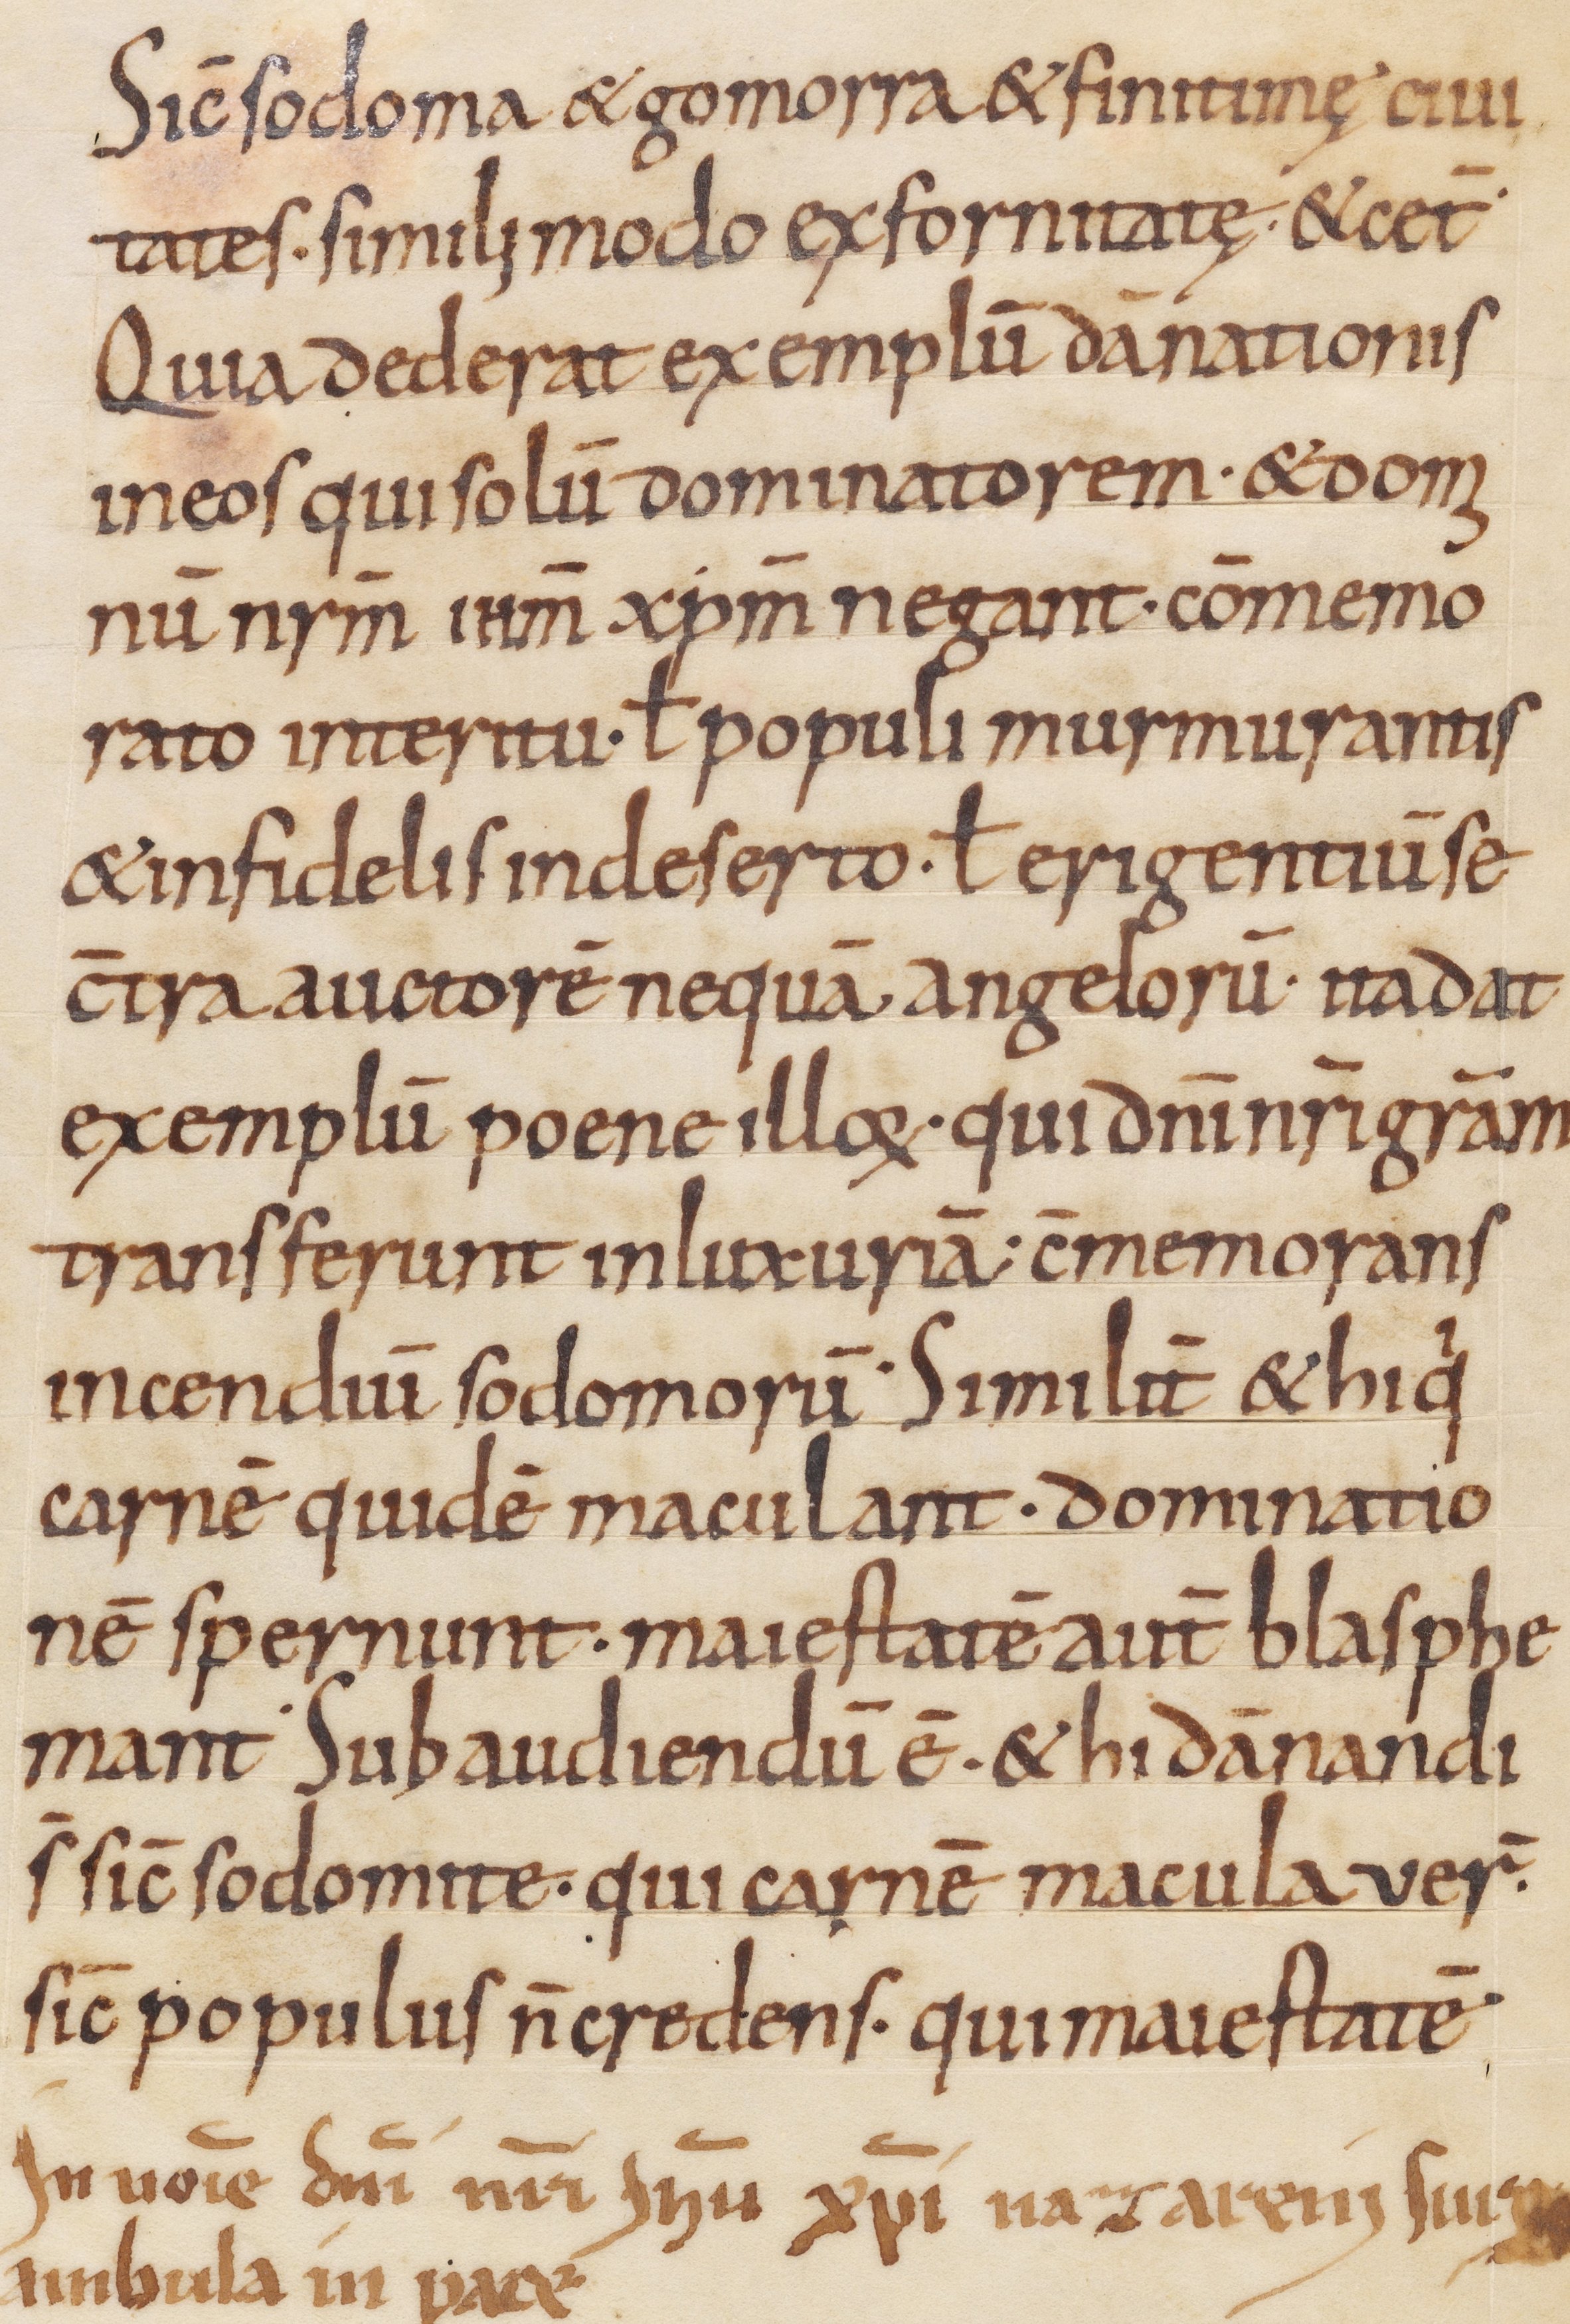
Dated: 800–999